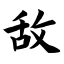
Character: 敌